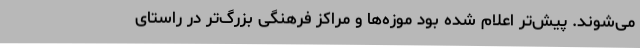
می‌شوند. پیش‌تر اعلام شده بود موزه‌ها و مراکز فرهنگی بزرگ‌تر در راستای